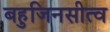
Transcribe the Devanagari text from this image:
बहुजिनसीत्व